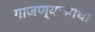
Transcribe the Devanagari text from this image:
गाजण्याआधी